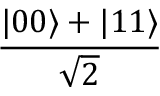
\frac { | 0 0 \rangle + | 1 1 \rangle } { \sqrt { 2 } }